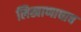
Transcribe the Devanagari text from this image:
लिखाणाचाच